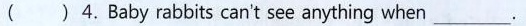
( ) 4.Baby rabbits can't see anything when ___.